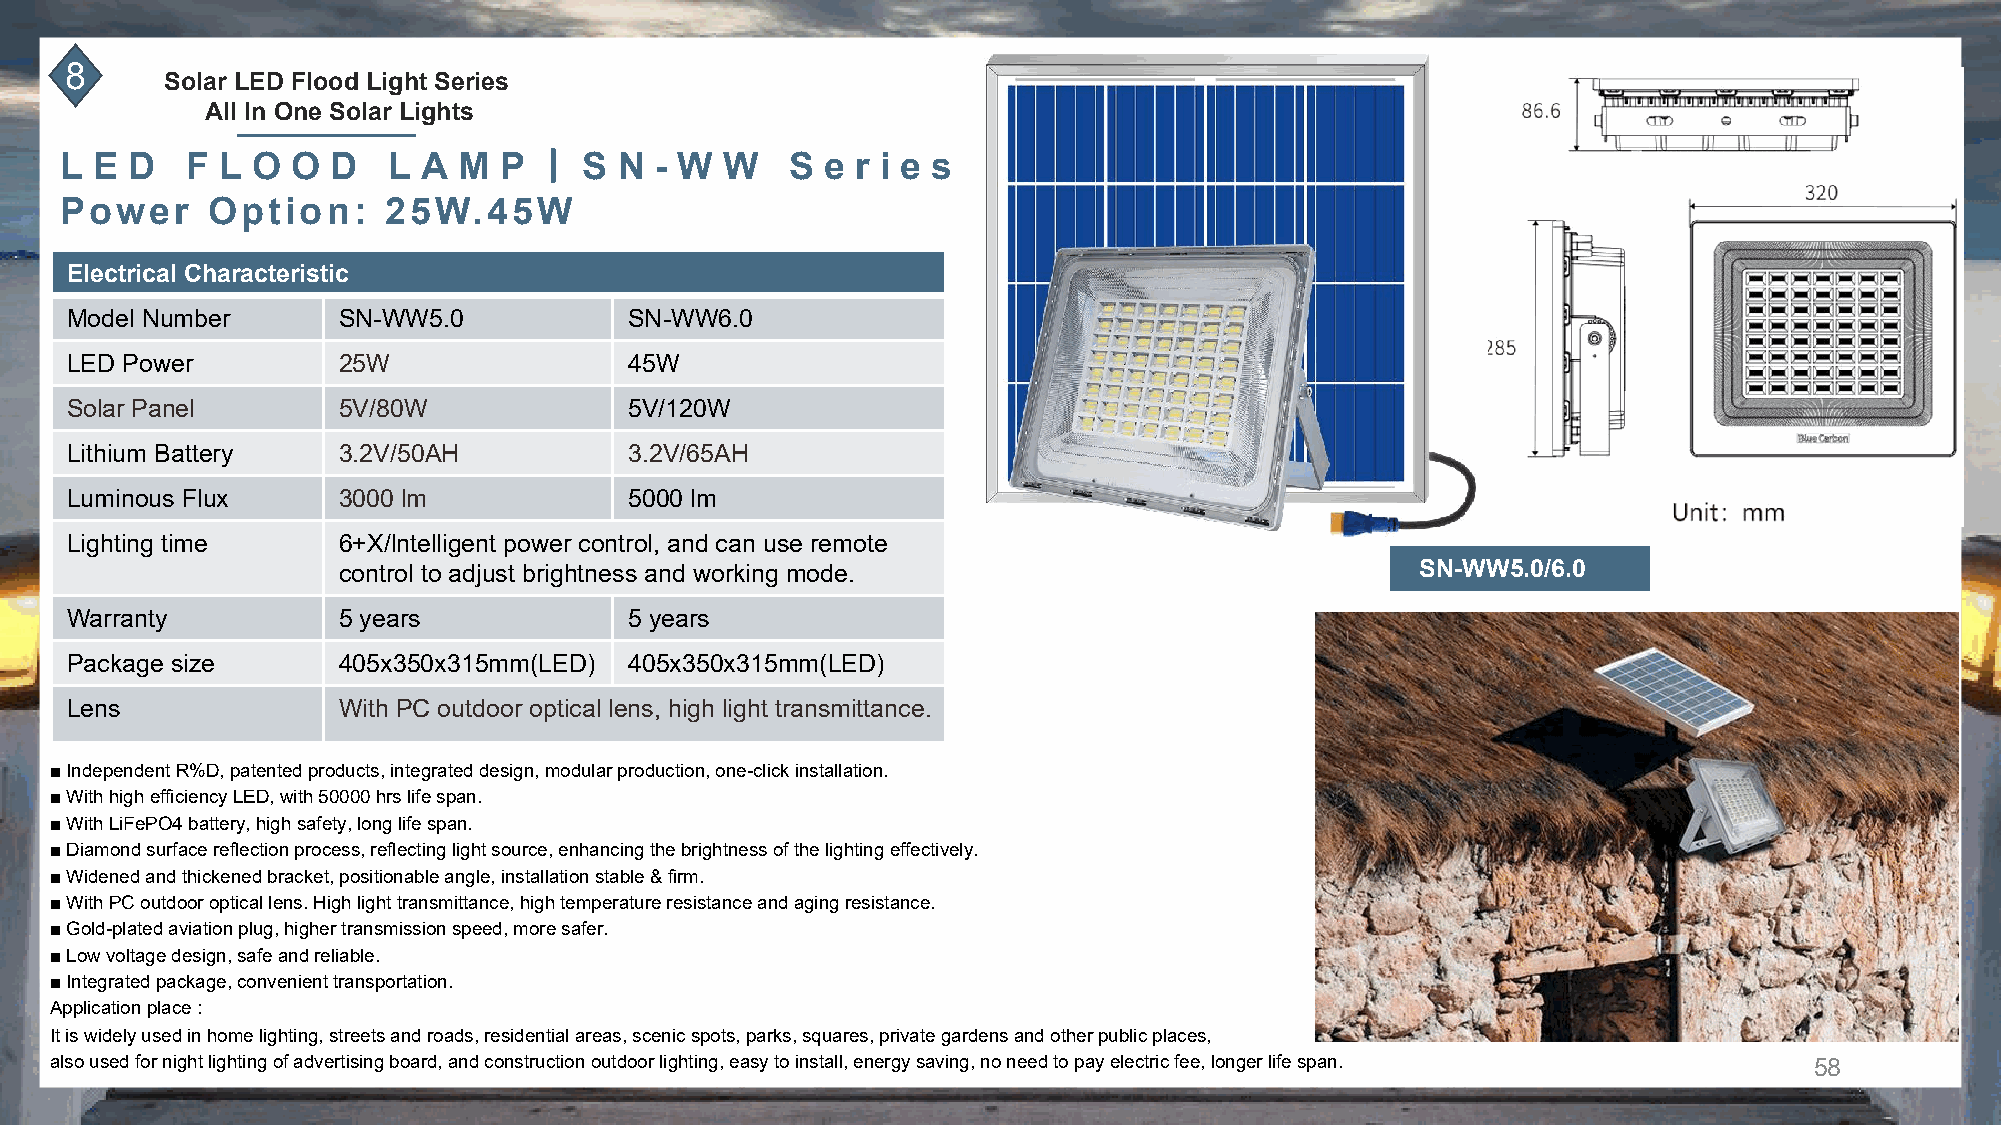
8
 Solar LED Flood Light Series
 All In One Solar Lights
 丨
 L E D   F L  O O  D   L A M  P     S N - W  W   S  e r i e s
 Power     Option:    25W.45W
 Electrical Characteristic
 Model Number      SN-WW5.0            SN-WW6.0
 LED Power         25W                 45W
 Solar Panel       5V/80W              5V/120W
 Lithium Battery   3.2V/50AH           3.2V/65AH
 Luminous Flux     3000 lm             5000 lm
 Lighting time     6+X/lntelligent power control, and can use remote
 control to adjust brightness and working mode.                          SN-WW5.0/6.0
 Warranty          5 years             5 years
 Package size      405x350x315mm(LED)  405x350x315mm(LED)
 Lens              With PC outdoor optical lens, high light transmittance.
 ■ Independent R%D, patented products, integrated design, modular production, one-click installation.
 ■ With high efficiency LED, with 50000 hrs life span.
 ■ With LiFePO4 battery, high safety, long life span.
 ■ Diamond surface reflection process, reflecting light source, enhancing the brightness of the lighting effectively.
 ■ Widened and thickened bracket, positionable angle, installation stable & firm.
 ■ With PC outdoor optical lens. High light transmittance, high temperature resistance and aging resistance.
 ■ Gold-plated aviation plug, higher transmission speed, more safer.
 ■ Low voltage design, safe and reliable.
 ■ Integrated package, convenient transportation.
 Application place :
 It is widely used in home lighting, streets and roads, residential areas, scenic spots, parks, squares, private gardens and other public places,
 also used for night lighting of advertising board, and construction outdoor lighting, easy to install, energy saving, no need to pay electric fee, longer life span. 58